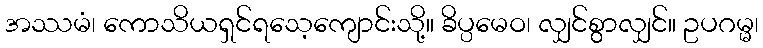
အဿမံ၊ ကောသိယရှင်ရသေ့ကျောင်းသို့။ ခိပ္ပမေဝ၊ လျှင်စွာလျှင်။ ဥပဂမ္မ၊